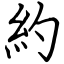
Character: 約